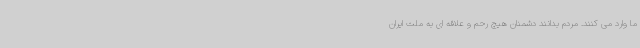
ما وارد می کنند. مردم بدانند دشمنان هیچ رحم و علاقه ای به ملت ایران